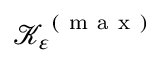
\mathcal { K } _ { \varepsilon } ^ { \mathrm { ~ ( ~ m ~ a ~ x ~ ) ~ } }